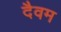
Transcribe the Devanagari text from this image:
दैवम